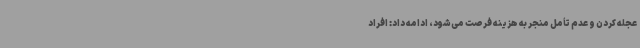
عجله کردن و عدم تأمل منجر به هزینه فرصت می‌شود، ادامه داد: افراد